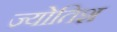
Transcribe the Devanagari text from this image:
ज्योतिश